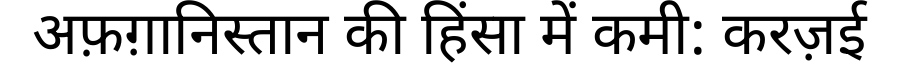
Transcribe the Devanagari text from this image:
अफ़ग़ानिस्तान की हिंसा में कमी: करज़ई